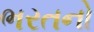
ભરતનો